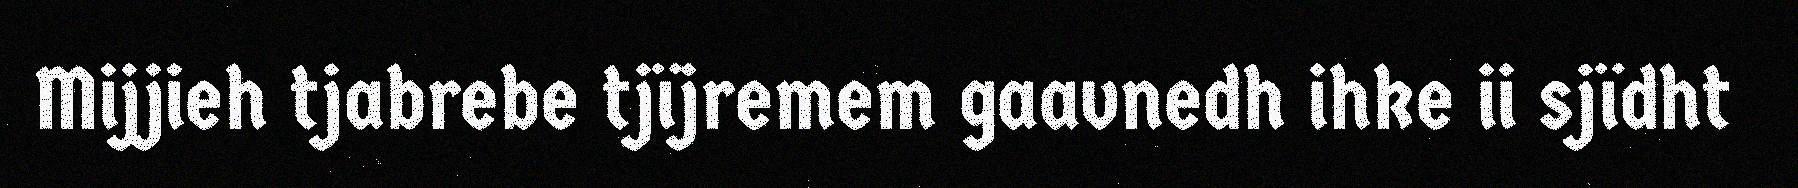
Mijjieh tjabrebe tjïjremem gaavnedh ihke ii sjïdht